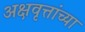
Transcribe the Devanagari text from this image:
अक्षवृत्तांच्या